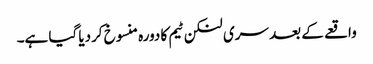
واقعے کے بعد سری لنکن ٹیم کا دورہ منسوخ کردیا گیا ہے۔